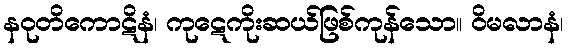
နဝုတိကောဋိနံ၊ ကုဋေကိုးဆယ်ဖြစ်ကုန်သော။ ဝိမလာနံ၊